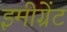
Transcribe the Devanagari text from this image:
इमीग्रेंट